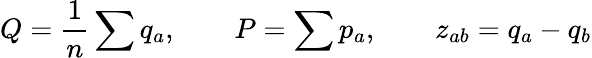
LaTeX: Q={\frac{1}{n}}\sum q_{a},\qquad P=\sum p_{a},\qquad z_{ab}=q_{a}-q_{b}